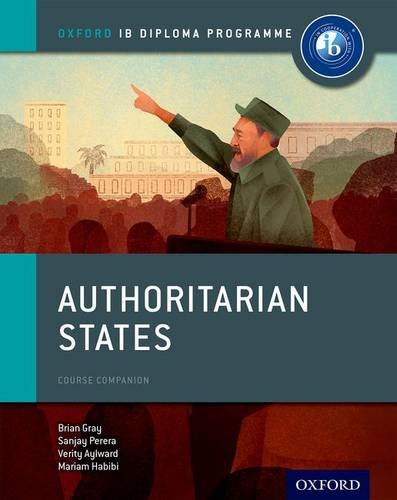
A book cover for Authoritarian States: IB History Course Book: Oxford IB Diploma Program; Brian Gray; Teen & Young Adult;